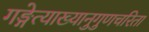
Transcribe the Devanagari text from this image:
गङ्गेत्याख्यानुगुणचरिता